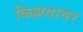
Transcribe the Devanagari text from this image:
किल्लयावर